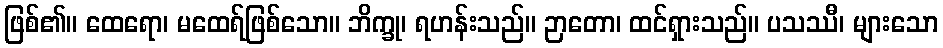
ဖြစ်၏။ ထေရော၊ မထေရ်ဖြစ်သော။ ဘိက္ခု၊ ရဟန်းသည်။ ဉာတော၊ ထင်ရှားသည်။ ပသဿီ၊ များသော